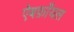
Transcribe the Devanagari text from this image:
ऐबर्फ़ाॅयल